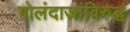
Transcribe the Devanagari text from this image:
गोलंदाजांविरुद्ध